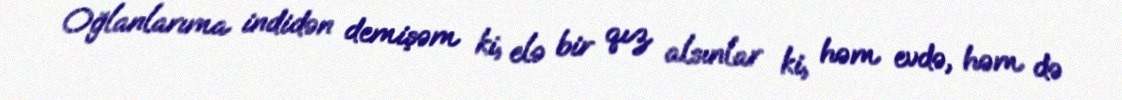
Oğlanlarıma indidən demişəm ki, elə bir qız alsınlar ki, həm evdə, həm də